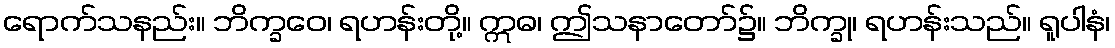
ရောက်သနည်း။ ဘိက္ခဝေ၊ ရဟန်းတို့။ ဣဓ၊ ဤသနာတော်၌။ ဘိက္ခု၊ ရဟန်းသည်။ ရူပါနံ၊